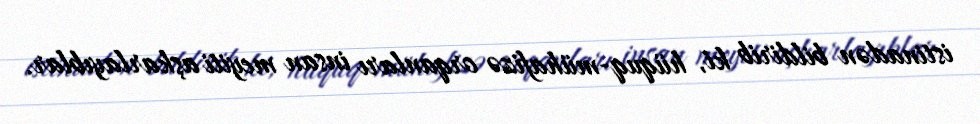
istinadən bildirib ki, hüquq-mühafizə orqanları insan meyiti aşkarlayıblar.